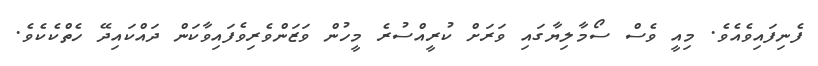
ފެނިފައިވެއެވެ. މިއީ ވެސް ސޯމާލިޔާގައި ވަރަށް ކުރީއްސުރެ މީހުން ވަޒަންވެރިވެފައިވާކަން ދައްކައިދޭ ހެތްކެކެވެ.